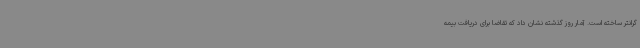
گرانتر ساخته است. آمار روز گذشته نشان داد که تقاضا برای دریافت بیمه